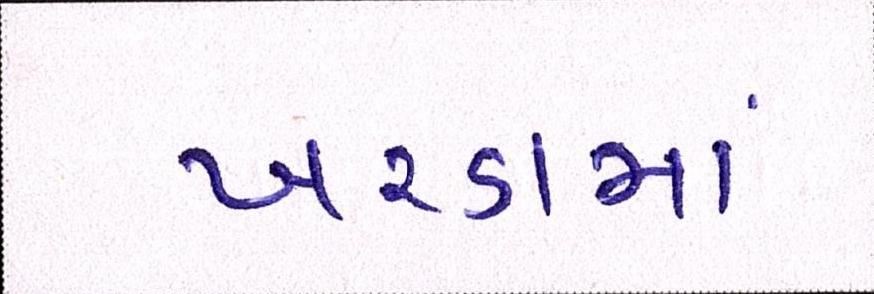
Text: ખરડામાં